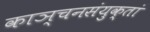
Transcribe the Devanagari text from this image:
काञ्चनसंयुक्तां